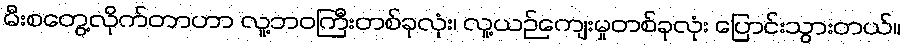
မီးစတွေ့လိုက်တာဟာ လူ့ဘဝကြီးတစ်ခုလုံး၊ လူ့ယဉ်ကျေးမှုတစ်ခုလုံး ပြောင်းသွားတယ်။